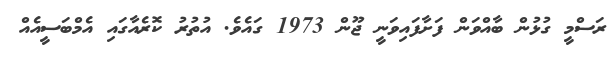
ރަސްމީ ގުޅުން ބާއްވަން ފަށާފައިވަނީ ޖޫން 1973 ގައެވެ. އުތުރު ކޮރެއާގައި އެމްބަސީއެއް